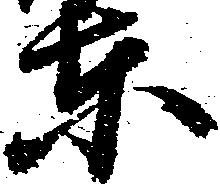
東